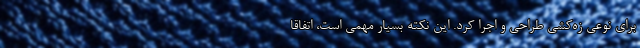
برای نوعی زه‌کشی طراحی و اجرا کرد. این نکته بسیار مهمی است، اتفاقا